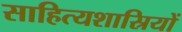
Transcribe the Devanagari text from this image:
साहित्यशास्रियों